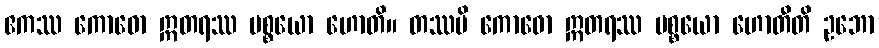
ဧကဿ ကောဓော ဣတရဿ ပစ္စယော ဟောတိ။ တဿပိ ကောဓော ဣတရဿ ပစ္စယော ဟောတီတိ ဥဘော